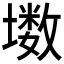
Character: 𱘊